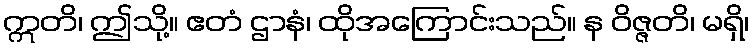
ဣတိ၊ ဤသို့။ ဧတံ ဌာနံ၊ ထိုအကြောင်းသည်။ န ဝိဇ္ဇတိ၊ မရှိ၊